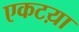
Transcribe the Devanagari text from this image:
एकटय़ा